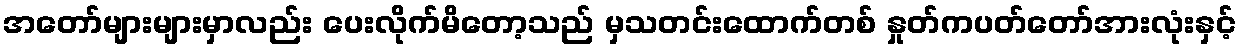
အတော်များများမှာလည်း ပေးလိုက်မိတော့သည် မှသတင်းထောက်တစ် နှုတ်ကပတ်တော်အားလုံးနှင့်